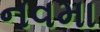
નવમા